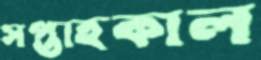
সপ্তাহকাল